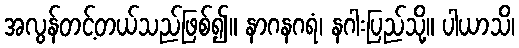
အလွန်တင့်တယ်သည်ဖြစ်၍။ နာဂနဂရံ၊ နဂါးပြည်သို့။ ပါယာသိ၊